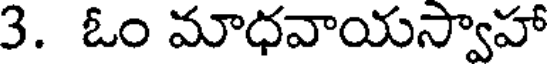
3. ఓం మాధవాయస్వాహా